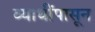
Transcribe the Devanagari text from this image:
व्याधींपासून